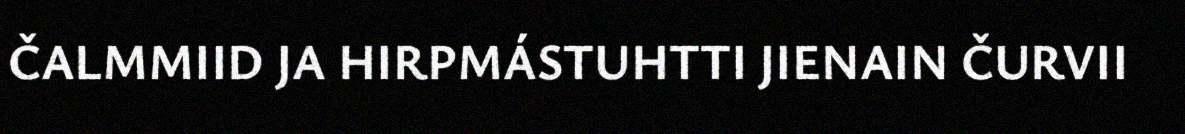
ČALMMIID JA HIRPMÁSTUHTTI JIENAIN ČURVII